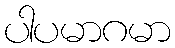
ပါပမာဂမာ